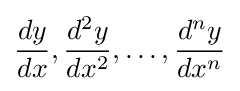
{\frac {dy}{dx}},{\frac {d^{2}y}{dx^{2}}},\ldots ,{\frac {d^{n}y}{dx^{n}}}